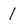
Character: 1